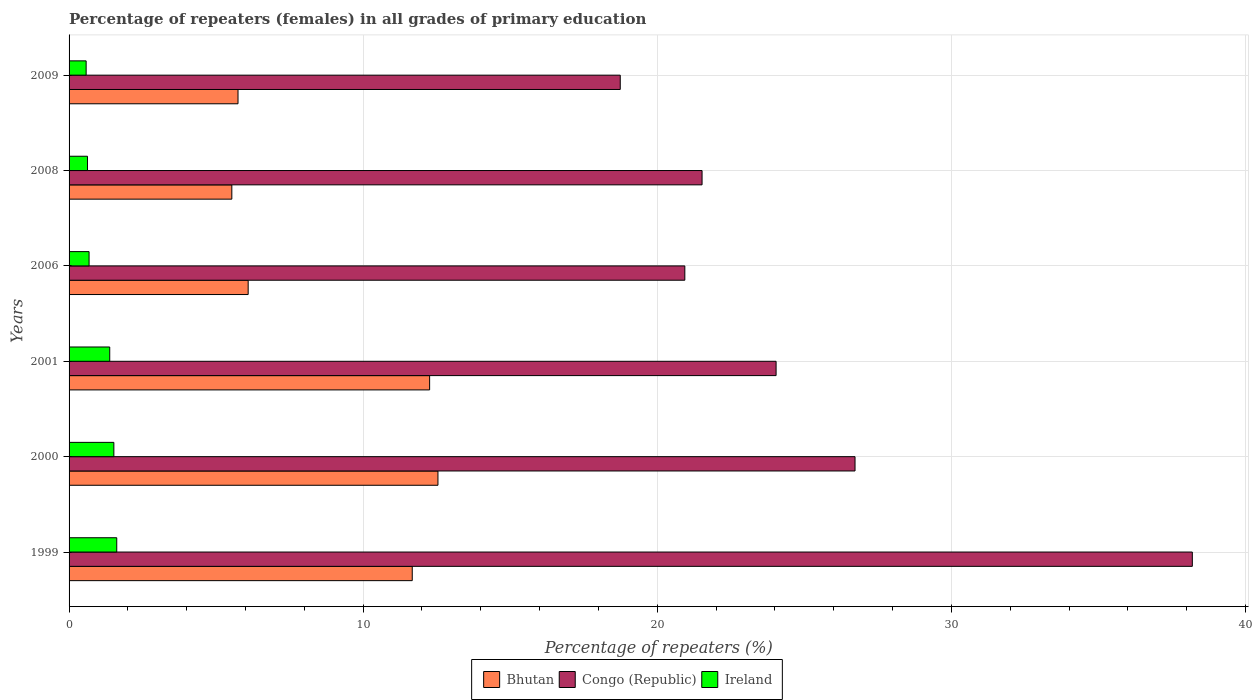
| Years | Bhutan | Congo (Republic) | Ireland |
 | --- | --- | --- | --- |
 | 1999 | 11.7 | 38.2 | 1.62 |
 | 2000 | 12.5 | 26.7 | 1.52 |
 | 2001 | 12.3 | 24 | 1.38 |
 | 2006 | 6.09 | 20.9 | 0.68 |
 | 2008 | 5.53 | 21.5 | 0.626 |
 | 2009 | 5.74 | 18.7 | 0.58 |